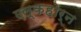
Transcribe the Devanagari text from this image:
एल्कहोर्न